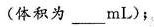
(体积为___mL)；